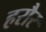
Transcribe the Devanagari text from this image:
हरौर